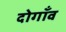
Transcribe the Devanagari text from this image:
दोगाँव